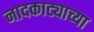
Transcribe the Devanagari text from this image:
नादकाट्याच्या